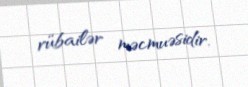
rübailər məcmuəsidir.